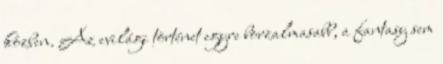
közben. Az evilági történet egyre borzalmasabb, a fantasy sem